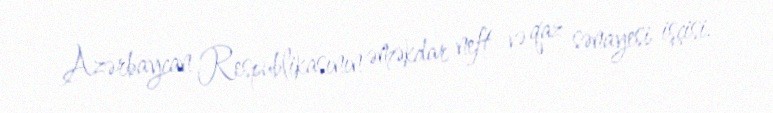
Azərbaycan Respublikasının əməkdar neft və qaz sənayesi işçisi.